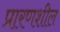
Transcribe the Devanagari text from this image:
प्रारणशील